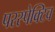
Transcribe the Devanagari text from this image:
परस्पेक्टिव